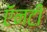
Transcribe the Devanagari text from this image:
ऍनटी